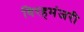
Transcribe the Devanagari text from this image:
विरहमंजरी